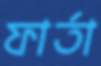
ফার্তা